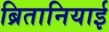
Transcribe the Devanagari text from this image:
ब्रितानियाई